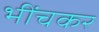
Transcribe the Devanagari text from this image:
भींचकर